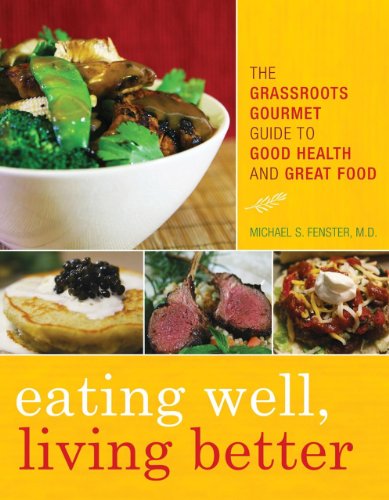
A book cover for Eating Well, Living Better: The Grassroots Gourmet Guide to Good Health and Great Food; Michael S. Fenster; Cookbooks, Food & Wine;